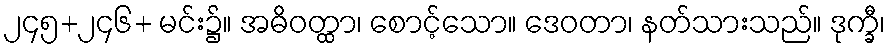
၂၄၅+၂၄၆+ မင်း၌။ အဓိဝတ္ထာ၊ စောင့်သော။ ဒေဝတာ၊ နတ်သားသည်။ ဒုက္ခီ၊